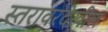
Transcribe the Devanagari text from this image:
स्तरावरदेखील